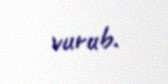
vurub.